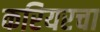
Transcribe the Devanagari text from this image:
करियरचा